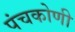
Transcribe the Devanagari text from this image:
पंचकोणी